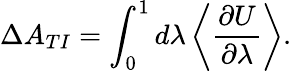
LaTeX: \Delta A_{TI}=\int_{0}^{1}d\lambda\left\langle\frac{\partial U}{\partial\lambda}\right\rangle.